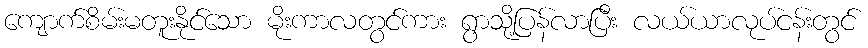
ကျောက်စိမ်းမတူးနိုင်သော မိုးကာလတွင်ကား ရွာသို့ပြန်လာပြီး လယ်ယာလုပ်ငန်းတွင်